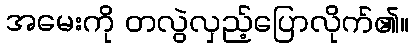
အမေးကို တလွဲလှည့်ပြောလိုက်၏။